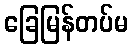
ခြေမြန်တပ်မ